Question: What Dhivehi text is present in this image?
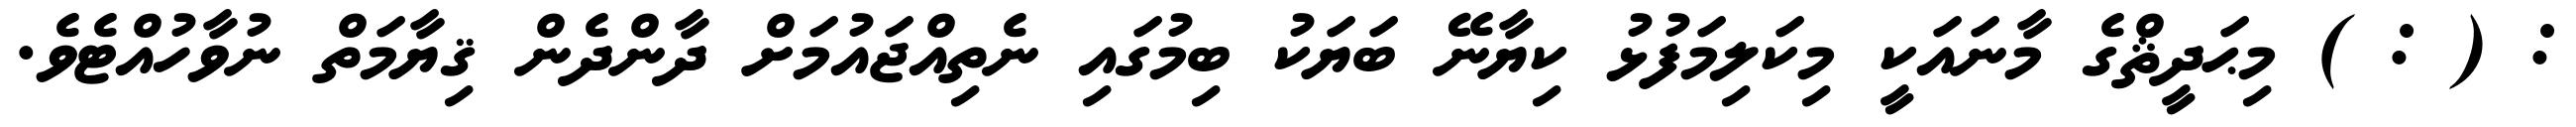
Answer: : ( : ) މިޙަދީޘްގެ މާނައަކީ މިކަލިމަފުޅު ކިޔާނޭ ބަޔަކު ބިމުގައި ނެތިއްޖައުމަށް ދާންދެން ޤިޔާމަތް ނުވާހުއްޓެވެ.